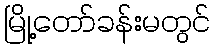
မြို့တော်ခန်းမတွင်